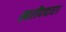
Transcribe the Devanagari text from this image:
खरीददार।